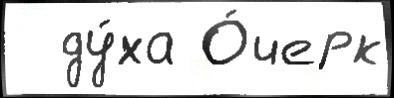
  ду́ха О́черк